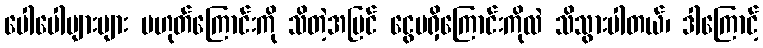
ပေါပေါများများ မဟုတ်ကြောင်းကို သိတဲ့အပြင် ငွေမရှိကြောင်းကိုလဲ သိသွားပါတယ်၊ ဒါကြောင့်